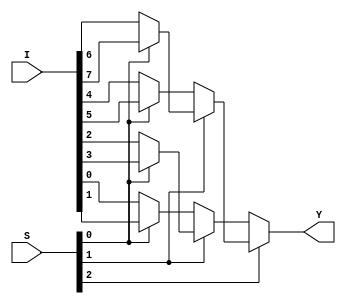
module mux81 (Y,I,S);
output Y;
input [7:0]I;
input [3:0]S;
assign Y = S[2]?(S[1]?(S[0]?I[7]:I[6]):(S[0]?I[5]:I[4])):(S[1]?(S[0]?I[3]:I[2]):(S[0]?I[1]:I[0]));
endmodule